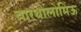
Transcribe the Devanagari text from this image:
बारथोलोमिऊ